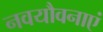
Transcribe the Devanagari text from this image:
नवयौवनाएं